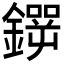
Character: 𲇢